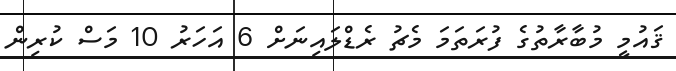
ޤައުމީ މުބާރާތުގެ ފުރަތަމަ މެޗު ރެޑްލައިނަށް 6 އަހަރު 10 މަސް ކުރިން